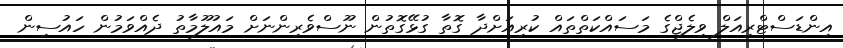
އިންޑަސްޓްރިއަލް ވިލެޖްގެ މަސައްކަތްތައް ކުރިއަށްދާ ގޮތާ ގުޅޭގޮތުން ނޫސްވެރިންނަށް މައުލޫމާތު ދެއްވަމުން ހައުސިން